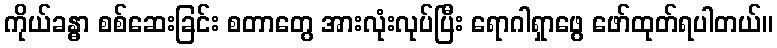
ကိုယ်ခန္ဓာ စစ်ဆေးခြင်း စတာတွေ အားလုံးလုပ်ပြီး ရောဂါရှာဖွေ ဖော်ထုတ်ရပါတယ်။